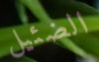
الضئيل